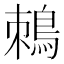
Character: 𪀜